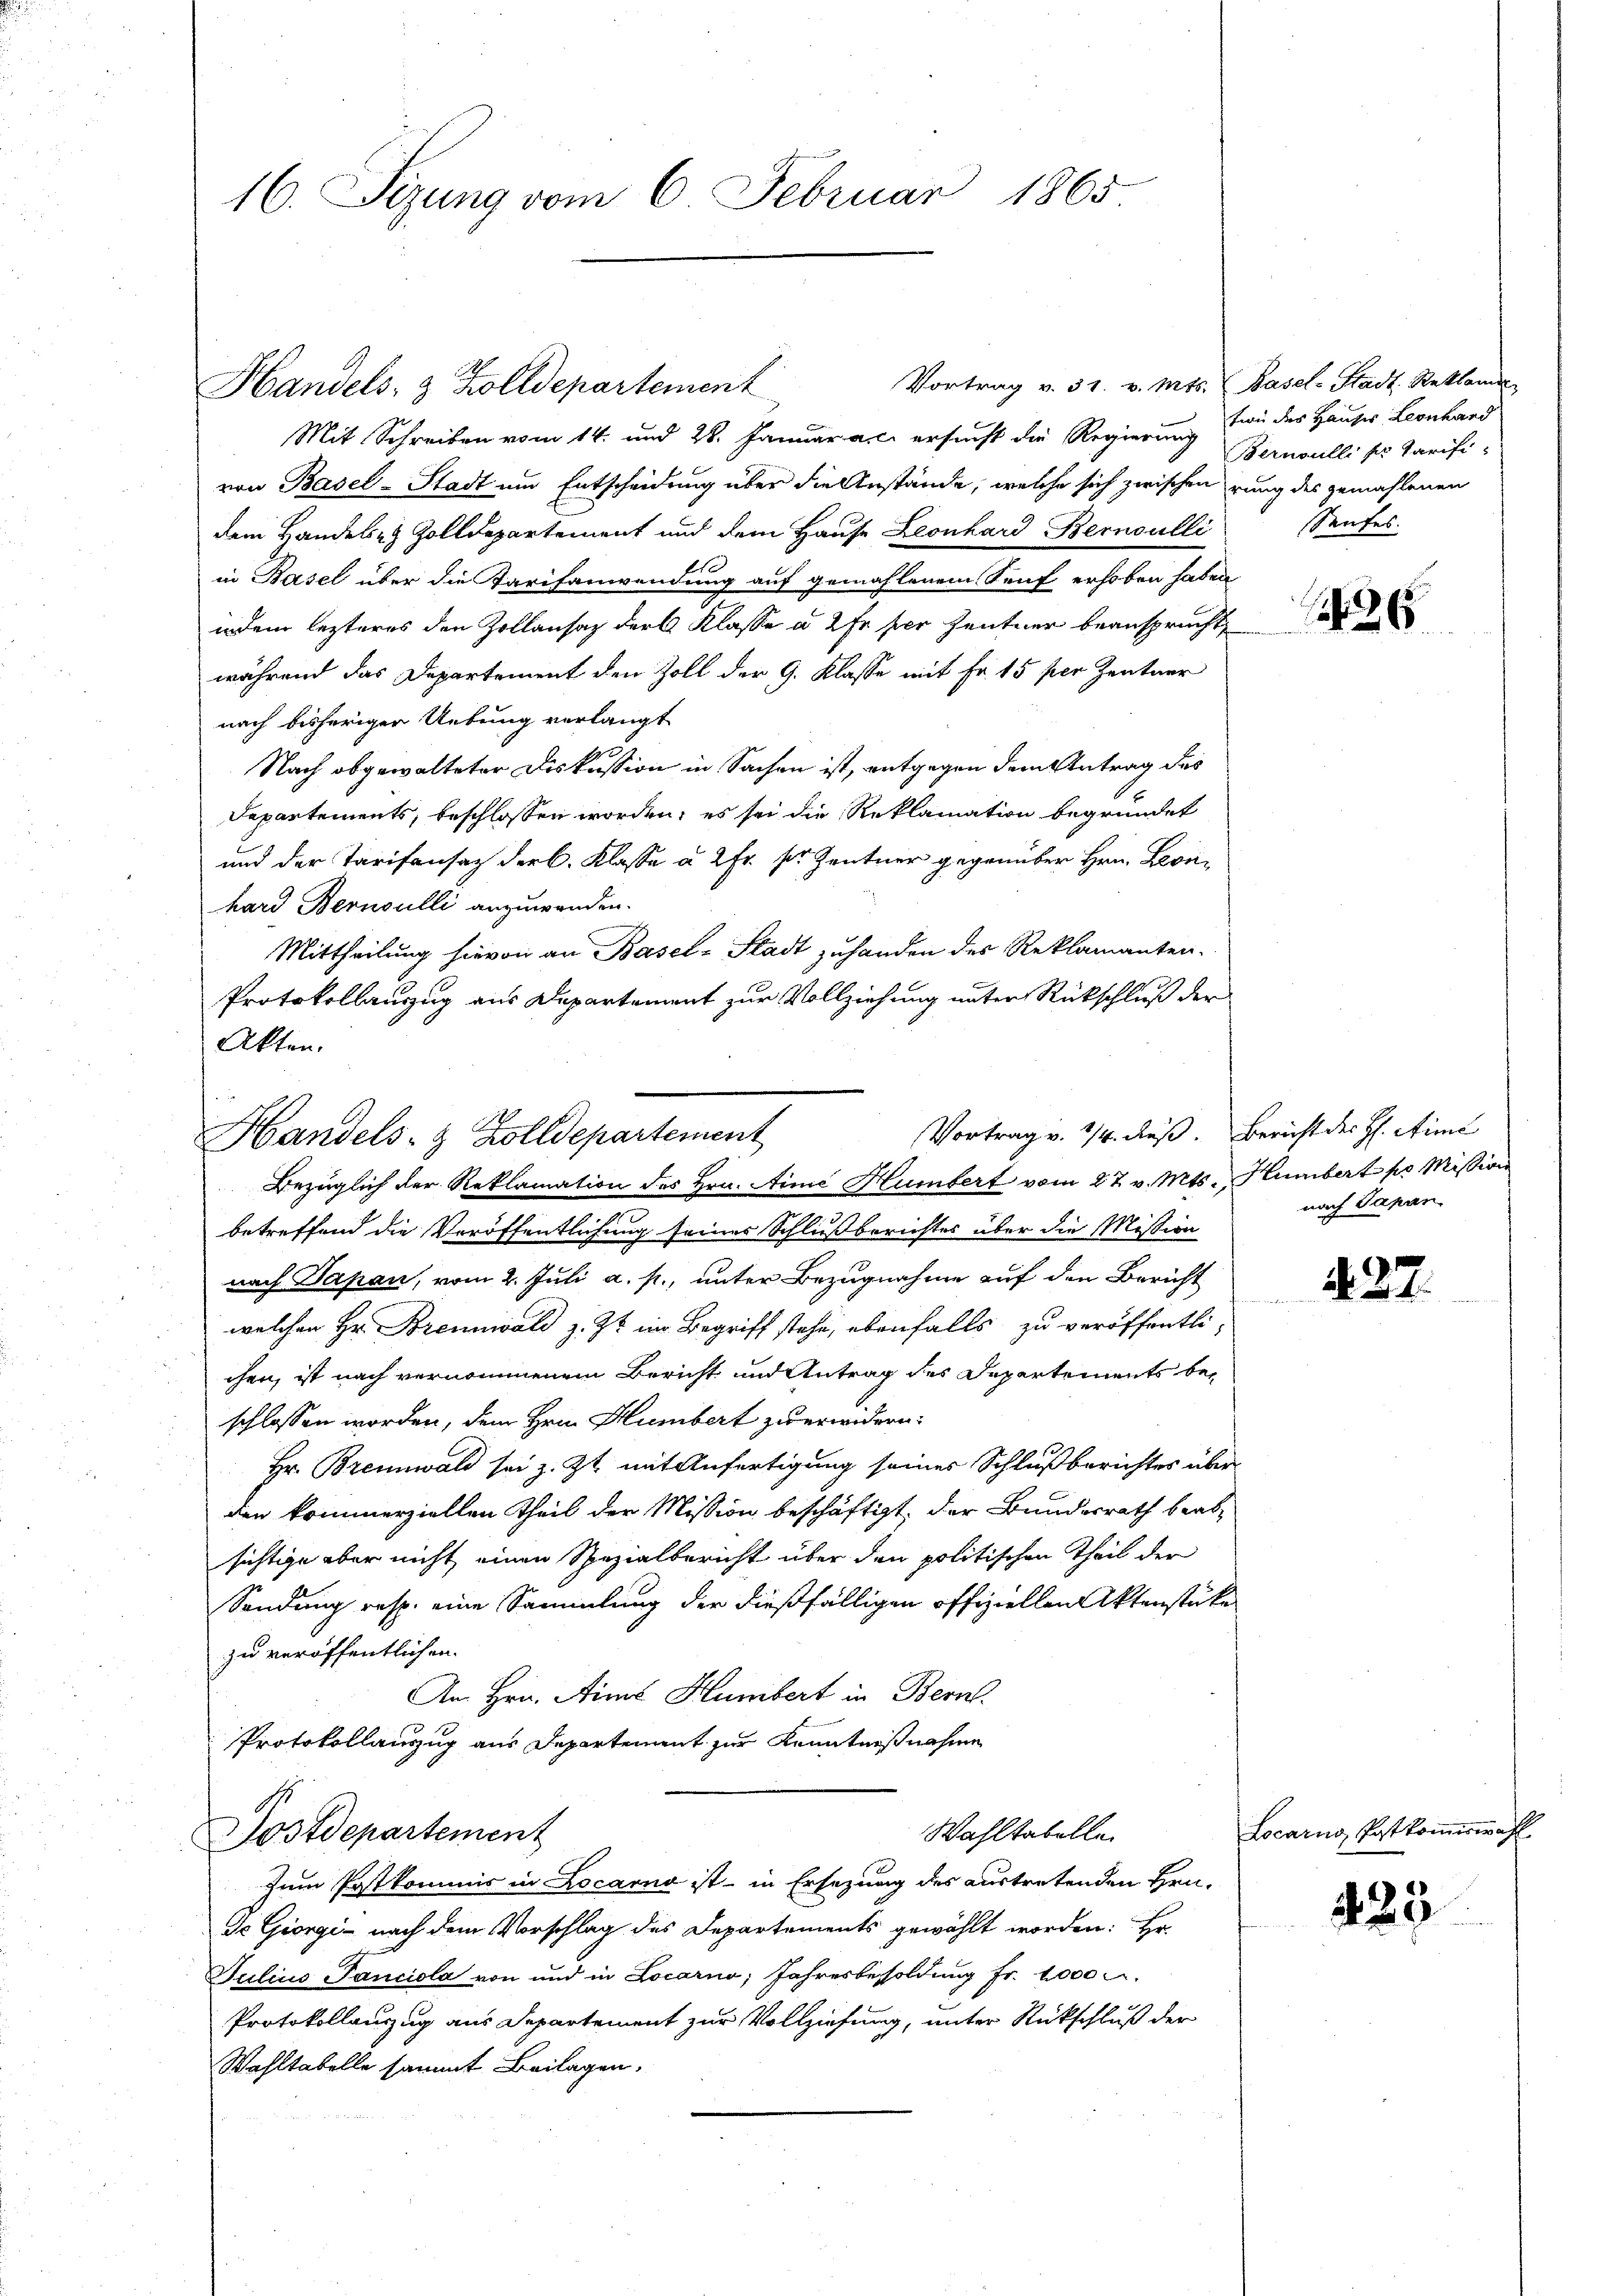
16. Sizung vom 6. Februar 1865

Mit Schreiben vom 14. und 28. Januar a. c. ersucht die Regierung
von Basel-Stadt um Entscheidung über die Anstände, welche sich zwischen rung des gemahlenen
dem Handels- & Zolldepartement und dem Hause Leonhard Bernoulli
in Basel über die Tarifanwendung auf gemahlenem Senf erhoben haben
indem lezteres den Zollansaz der Klasse à 2 Fr. per Zentner beansprucht,
während das Departement den Zoll der G. Klasse mit Fr. 15 per Zentner
nach bisheriger Uebung verlangt
Nach obgewalteter Diskussion in Sachen ist, entgegen dem Antrag des
Departements, beschlossen worden, es sei die Reklamation begründet
und der Tarifensaz der B. Klasse à 2 Fr. sr. Zentner gegenüber Hrn. Leonhard Bernoulli anzuwenden.
Mittheilung hievon an Basel-Stadt zuhanden des Reklamanten.
Protokollauszug aus Departement zur Vollziehung unter Rückschluß der
Akten.

Vortrag v. 1/4. dieß. Bericht des H: Sime
Handels- & Zolldepartement

Handels- & Zolldepartement

Bezüglich der Reklamation des Hrn. Aine Humbert vom 27. v. Mts. Humbert pr Mission
betreffend die Veröffentlichung seines Schlußberichtes über die Mission
nach Papan, vom 2. Juli a. p., unter Bezugnahme auf den Bericht
welchen Hr. Brennwald z. Zt. im Begriff stehe, ebenfalls zu veröffentli-
chen, ist nach vernommenem Bericht und Antrag des Departements be-
schlossen worden, dem Hrn. Humbert zu erwidern:
Hr. Brennwald sei z. Zt. mit Anfertigung seiner Schlußberichtes über
den kommerziellen Theil der Mission beschäftigt, der Bundesrath beab-
sichtige aber nicht einen Spezialbericht über den politischen Theil der
Sendung resp. eine Sammlung der dießfälligen offiziellen Aktenstücke
zu veröffentlichen
An Hrn. Ains Humbert in Bern.
Protokollauszug aus Departement zur Kenntnißnahme
Wahltabelle
Postdepartement
Zum Postkommis in Locarno ist in Ersezung des austretenden Hrn.
de Giorgi - nach dem Vorschlag des Departements gewählt worden: Er
Julius Panciola von und in Locarno, Jahresbesoldung fr. 2000 M.
Protokollanzug aus Departement zur Vollziehung, unter Rückschluß der
Wahltabelle sammt Beilagen.

Vortrag v. 31. v. Mts. Basel-Stadt Reklame

tion des Hauses Leonhard
Bernoulli ser Tarifi¬
Saufes. |

nach Papan

§. 27.

Locarno, Postkommiswahl

429